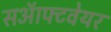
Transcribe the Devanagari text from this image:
सऑफ्टवेयर